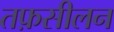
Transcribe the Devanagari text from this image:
तफ़सीलन